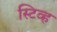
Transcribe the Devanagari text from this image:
स्टिव्ह